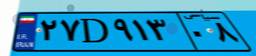
۲۷D۹۱۳۰۸